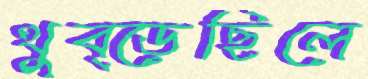
থুব্‌ড়েছিলে